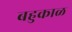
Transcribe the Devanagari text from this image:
बहुकाळ